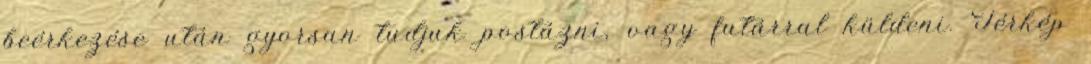
beérkezése után gyorsan tudjuk postázni, vagy futárral küldeni. Térkép